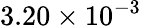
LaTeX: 3.20\times 10^{-3}